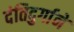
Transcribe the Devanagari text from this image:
दंतिदुर्गाने